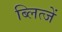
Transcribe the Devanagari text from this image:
ब्लित्जें